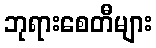
ဘုရားစေတီများ